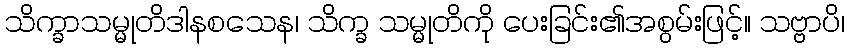
သိက္ခာသမ္မုတိဒါနစသေန၊ သိက္ခ သမ္မုတိကို ပေးခြင်း၏အစွမ်းဖြင့်။ သဗ္ဗာပိ၊